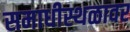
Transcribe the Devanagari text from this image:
समाधीस्थळावर